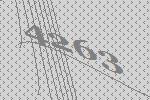
4263